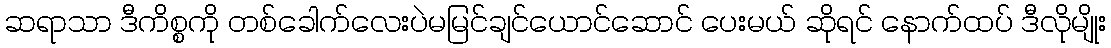
ဆရာသာ ဒီကိစ္စကို တစ်ခေါက်လေးပဲမမြင်ချင်ယောင်ဆောင် ပေးမယ် ဆိုရင် နောက်ထပ် ဒီလိုမျိုး